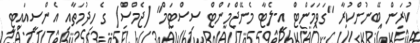
ކުރަން ބޭނުންކުރާ "ގަވަމަންޓް އީ-ލެޓާ މެނޭޖްމަންޓް ސިސްޓަމް" (ޖެމްސް) ގެ ހިދުމަތާއި އެންސީއައިޓީ